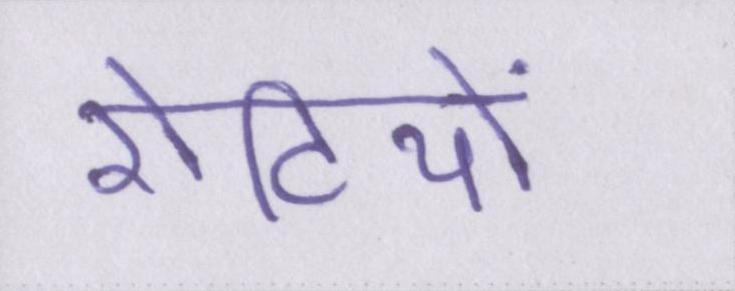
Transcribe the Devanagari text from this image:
रोटियों